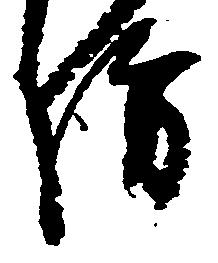
坊